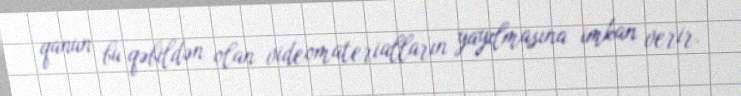
qanun bu qəbildən olan videomaterialların yayılmasına imkan verir.